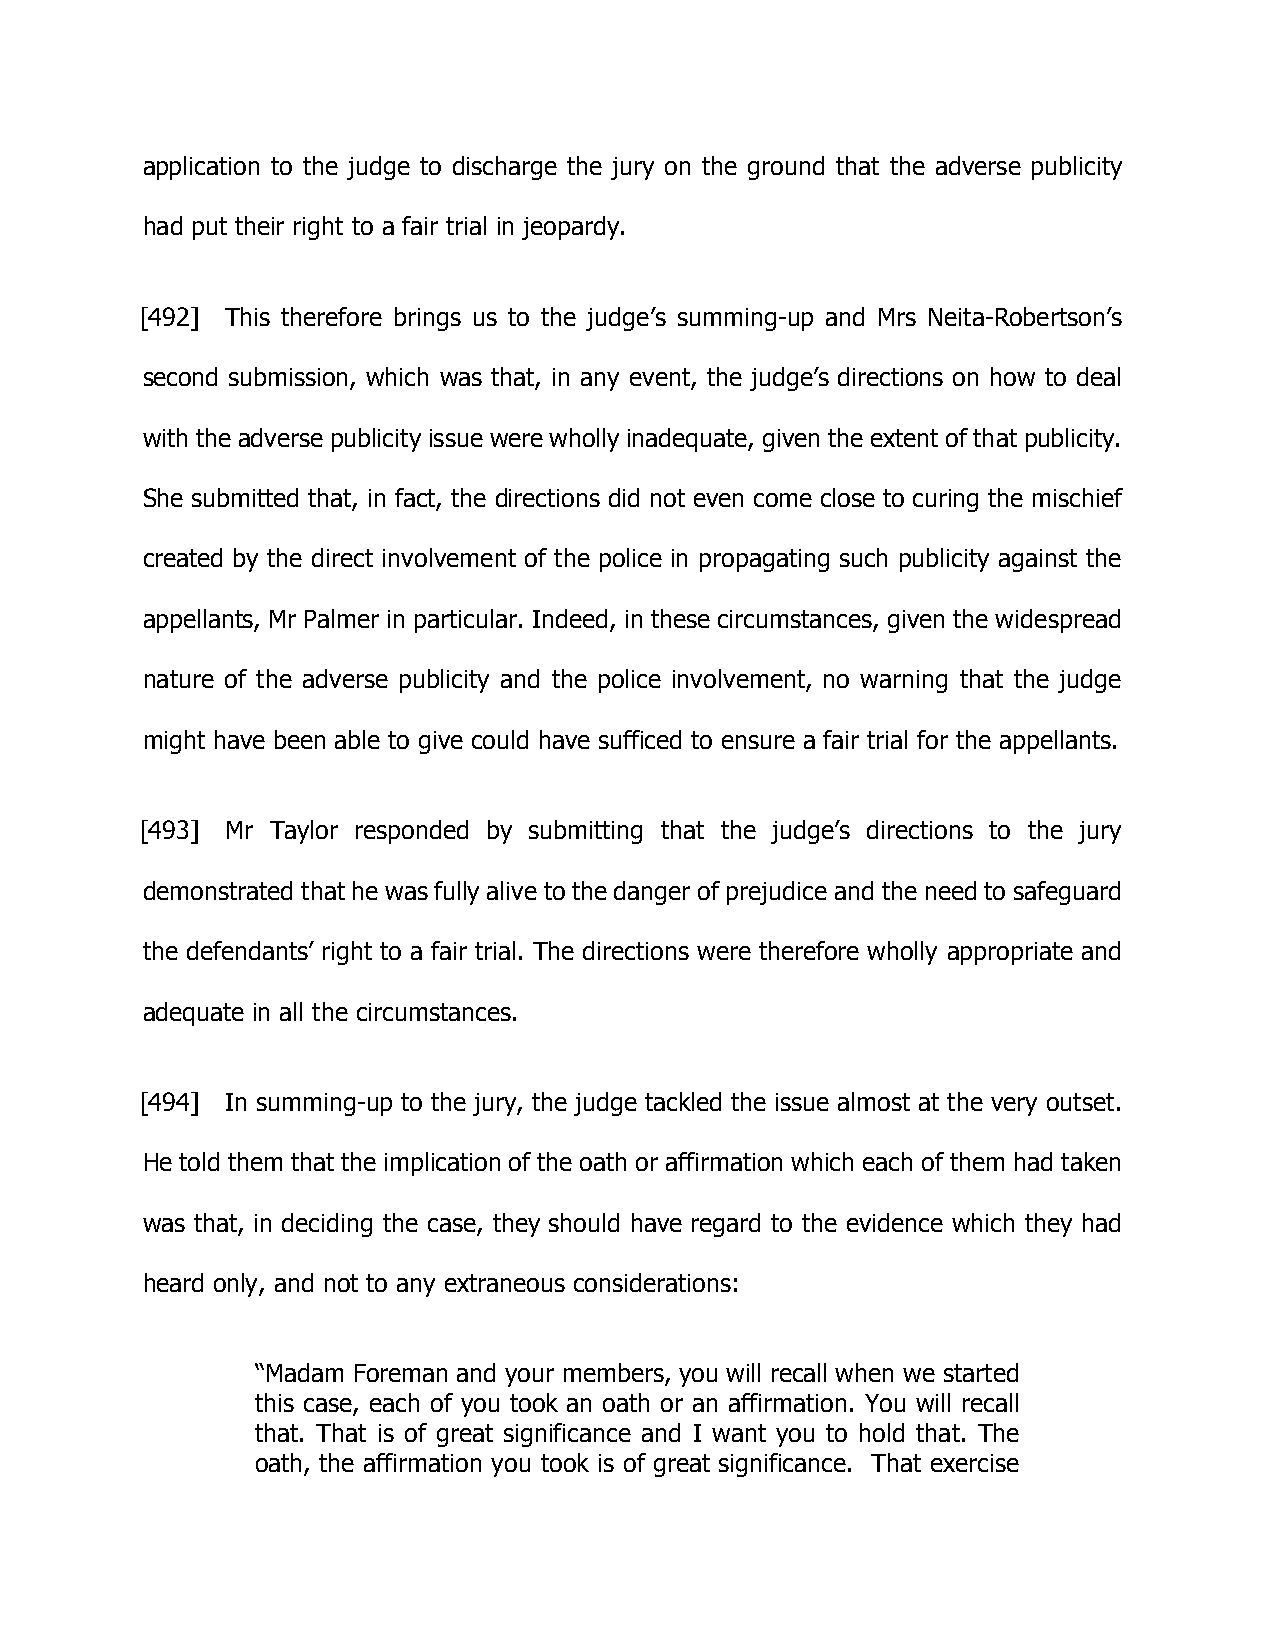
application to the judge to discharge the jury on the ground that the adverse publicity
 had put their right to a fair trial in jeopardy.
 [492] This therefore brings us to the judge’s summing-up and Mrs Neita-Robertson’s
 second submission, which was that, in any event, the judge’s directions on how to deal
 with the adverse publicity issue were wholly inadequate, given the extent of that publicity.
 She submitted that, in fact, the directions did not even come close to curing the mischief
 created by the direct involvement of the police in propagating such publicity against the
 appellants, Mr Palmer in particular. Indeed, in these circumstances, given the widespread
 nature of the adverse publicity and the police involvement, no warning that the judge
 might have been able to give could have sufficed to ensure a fair trial for the appellants.
 [493] Mr Taylor responded by submitting that the judge’s directions to the jury
 demonstrated that he was fully alive to the danger of prejudice and the need to safeguard
 the defendants’ right to a fair trial. The directions were therefore wholly appropriate and
 adequate in all the circumstances.
 [494] In summing-up to the jury, the judge tackled the issue almost at the very outset.
 He told them that the implication of the oath or affirmation which each of them had taken
 was that, in deciding the case, they should have regard to the evidence which they had
 heard only, and not to any extraneous considerations:
 “Madam Foreman and your members, you will recall when we started
 this case, each of you took an oath or an affirmation. You will recall
 that. That is of great significance and I want you to hold that. The
 oath, the affirmation you took is of great significance. That exercise